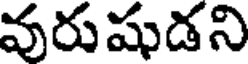
వరుషుడని